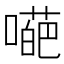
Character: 𡀥